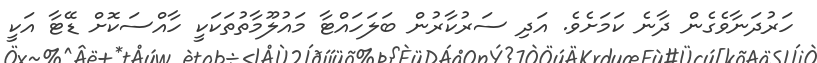
ހަރުދަނާވެގެން ދާނެ ކަމަށެވެ. އަދި ސަރުކާރުން ބަލަހައްޓާ މައުލޫމާތުތަކަކީ ހާއްސަކޮށް ޑޭޓާ އަކީ